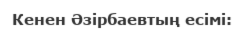
Кенен Әзірбаевтың есімі: